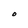
Character: O